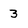
Character: 3